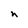
Character: n